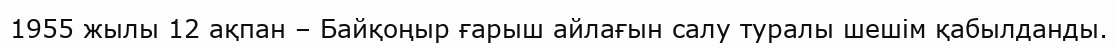
1955 жылы 12 ақпан – Байқоңыр ғарыш айлағын салу туралы шешім қабылданды.